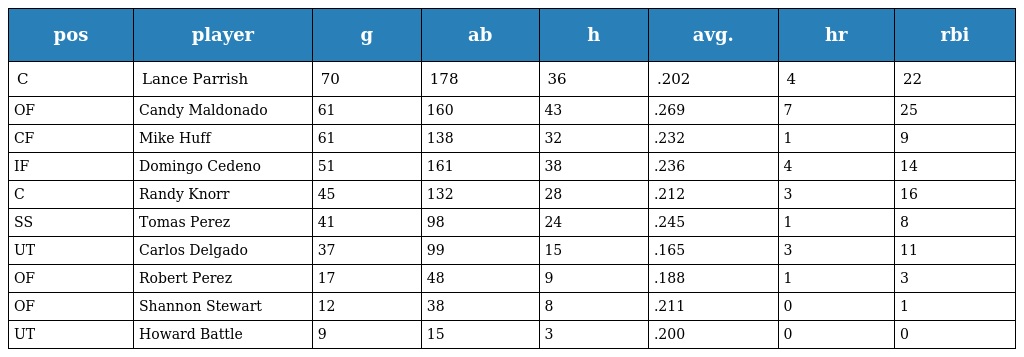
| pos | player | g | ab | h | avg. | hr | rbi |
 | --- | --- | --- | --- | --- | --- | --- | --- |
 | C | Lance Parrish | 70 | 178 | 36 | .202 | 4 | 22 |
 | OF | Candy Maldonado | 61 | 160 | 43 | .269 | 7 | 25 |
 | CF | Mike Huff | 61 | 138 | 32 | .232 | 1 | 9 |
 | IF | Domingo Cedeno | 51 | 161 | 38 | .236 | 4 | 14 |
 | C | Randy Knorr | 45 | 132 | 28 | .212 | 3 | 16 |
 | SS | Tomas Perez | 41 | 98 | 24 | .245 | 1 | 8 |
 | UT | Carlos Delgado | 37 | 99 | 15 | .165 | 3 | 11 |
 | OF | Robert Perez | 17 | 48 | 9 | .188 | 1 | 3 |
 | OF | Shannon Stewart | 12 | 38 | 8 | .211 | 0 | 1 |
 | UT | Howard Battle | 9 | 15 | 3 | .200 | 0 | 0 |